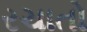
રચાતો